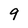
Character: 9